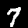
Digit: 7